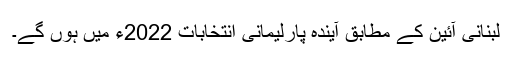
لبنانی آئین کے مطابق آیندہ پارلیمانی انتخابات 2022ء میں ہوں گے۔